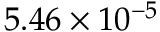
5 . 4 6 \times 1 0 ^ { - 5 }